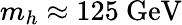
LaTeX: m_{h}\approx 125\ \mathrm{GeV}